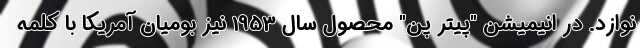
نوازد. در انیمیشن "پیتر پن" محصول سال 1953 نیز بومیان آمریکا با کلمه